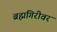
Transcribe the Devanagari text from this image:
ब्रह्मगिरीवर